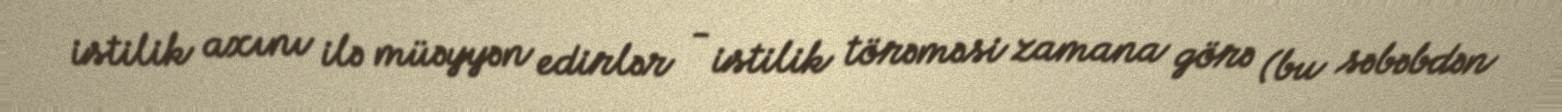
istilik axını ilə müəyyən edirlər - istilik törəməsi zamana görə (bu səbəbdən